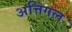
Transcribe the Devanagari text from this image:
अत्तिंगल